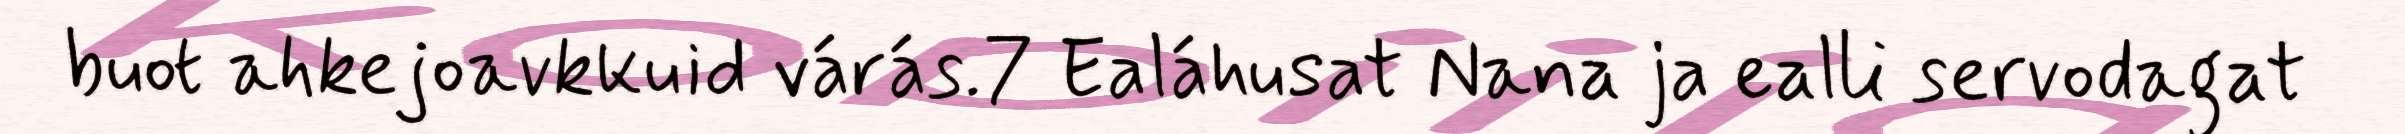
buot ahkejoavkkuid várás.7 Ealáhusat Nana ja ealli servodagat